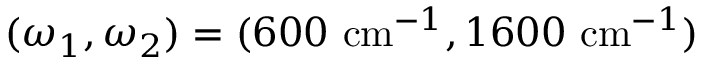
( \omega _ { 1 } , \omega _ { 2 } ) = ( 6 0 0 ~ \mathrm { c m } ^ { - 1 } , 1 6 0 0 ~ \mathrm { c m } ^ { - 1 } )